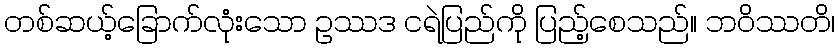
တစ်ဆယ့်ခြောက်လုံးသော ဥဿဒ ငရဲပြည်ကို ပြည့်စေသည်။ ဘဝိဿတိ၊